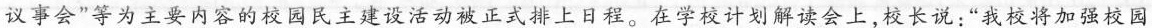
议事会”等为主要内容的校园民主建设活动被正式排上日程。在学校计划解读会上，校长说：”我校将加强校园